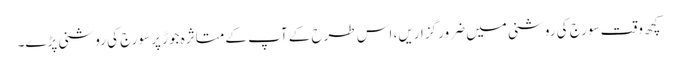
کچھ وقت سورج کی روشنی میں ضرور گزاریں، اس طرح کے آپ کے متاثرہ جوڑ پر سورج کی روشنی پڑے۔